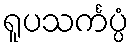
ရူပသင်္ကပ္ပံ